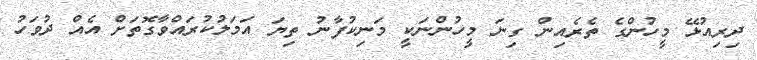
ދިރިއުޅޭ މީހުންގެ ތެރެއިން ގިނަ މީހުންނަކީ މަނިކުފާނު ތިޔަ އަމަލުކުރައްވާގޮތަށް އެއް ދުވަހު